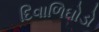
દિવાળિઘોડો